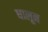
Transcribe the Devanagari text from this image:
धालून